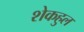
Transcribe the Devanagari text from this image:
शेकहुल